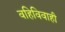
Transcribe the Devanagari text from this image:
वहिविवाही